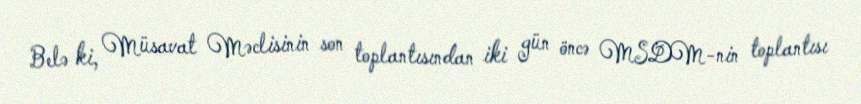
Belə ki, Müsavat Məclisinin son toplantısından iki gün öncə MSDM-nin toplantısı